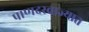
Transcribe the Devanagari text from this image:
पाणदरवाज्यात